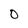
Character: 0